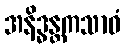
အနိဒ္ဓန္တကသာဝံ